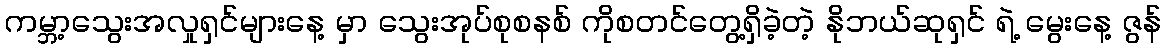
ကမ္ဘာ့သွေးအလှုရှင်များနေ့ မှာ သွေးအုပ်စုစနစ် ကိုစတင်တွေ့ရှိခဲ့တဲ့ နိုဘယ်ဆုရှင် ရဲ့ မွေးနေ့ ဇွန်